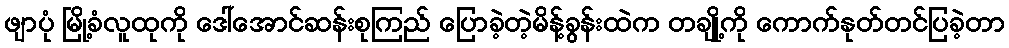
ဖျာပုံ မြို့ခံလူထုကို ဒေါ်အောင်ဆန်းစုကြည် ပြောခဲ့တဲ့မိန့်ခွန်းထဲက တချို့ကို ကောက်နုတ်တင်ပြခဲ့တာ